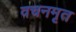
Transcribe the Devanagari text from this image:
वचनमृत